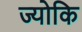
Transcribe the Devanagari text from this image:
ज्योकि